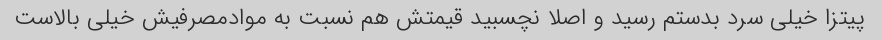
پیتزا خیلی سرد بدستم رسید و اصلا نچسبید قیمتش هم نسبت به موادمصرفیش خیلی بالاست